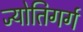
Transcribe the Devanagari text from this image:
ज्योतिगर्ग